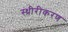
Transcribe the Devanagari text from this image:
स्थ्रीरीकरण